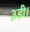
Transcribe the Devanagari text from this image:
३डी।